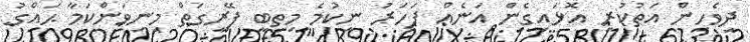
ދިވެހިން އަތުކުރި އޮޅައިގެން އަނެއް ފަހަރު ނިކުމެ މިތިބީ ފޭރިގަތް މިނިވަންކަމާ ޙައްގު